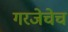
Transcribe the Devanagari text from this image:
गरजेचेच